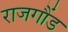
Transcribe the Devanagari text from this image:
राजगौंड